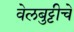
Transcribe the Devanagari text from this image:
वेलबुट्टीचे